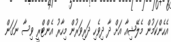
އެހެންކަމުން މެލޭޝިއާ އަށް ދާ ދިވެހި ދަރިވަރުން މިހާރު އެންޓްރީ ވިސާ ނަގަން